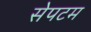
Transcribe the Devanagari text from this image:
सेपटम